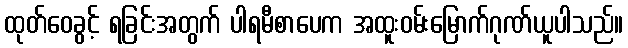
ထုတ်ဝေခွင့် ရခြင်းအတွက် ပါရမီစာပေက အထူးဝမ်းမြောက်ဂုဏ်ယူပါသည်။